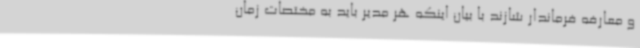
و معارفه فرماندار شازند با بیان اینکه هر مدیر باید به مختصات زمان